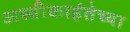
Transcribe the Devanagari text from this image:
अस्वीकार्हतेच्या